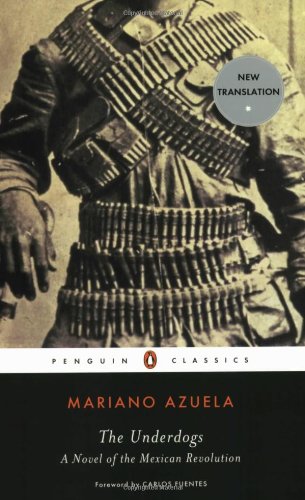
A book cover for The Underdogs: A Novel of the Mexican Revolution (Penguin Classics); Mariano Azuela; Biographies & Memoirs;